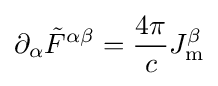
\partial _{\alpha }{{\tilde {F}}^{\alpha \beta }}={\frac {4\pi }{c}}J_{\mathrm {m} }^{\beta }